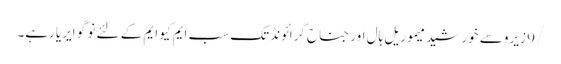
/9 زیرو سے خورشید میموریل ہال اور جناح گرائونڈ تک سب ایم کیو ایم کے لئے نو گو ایریا رہے۔